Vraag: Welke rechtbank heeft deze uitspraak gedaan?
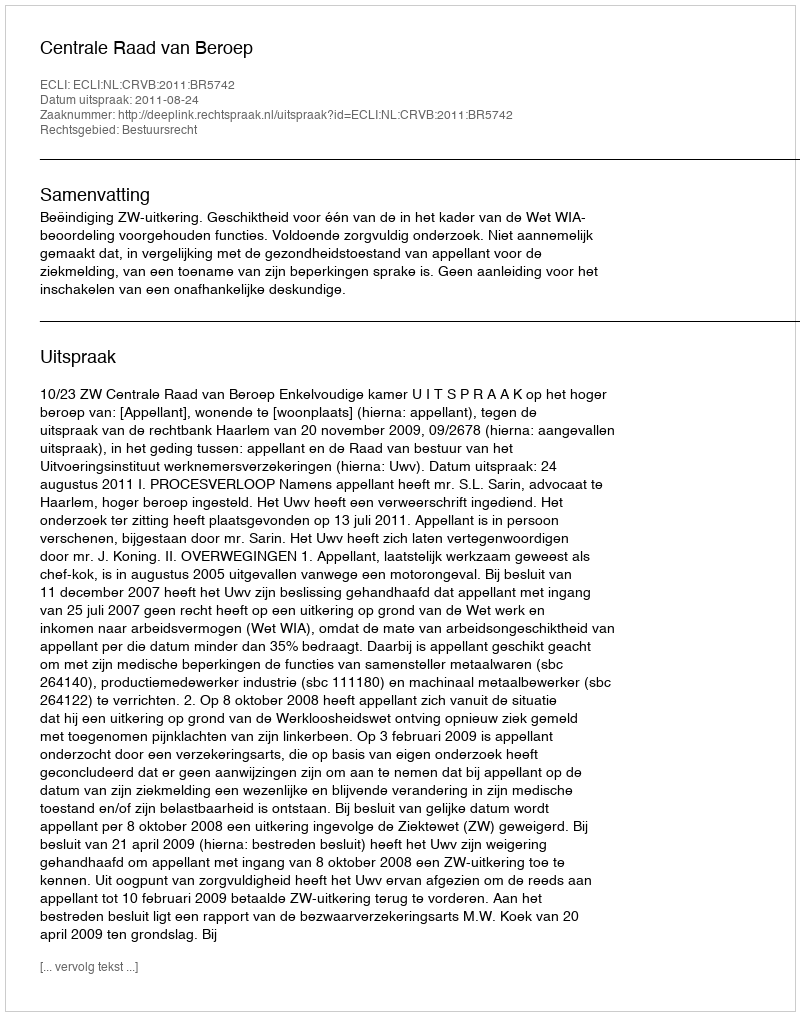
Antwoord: Centrale Raad van Beroep